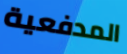
المدفعية